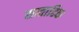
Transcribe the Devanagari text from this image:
साताहिक